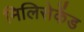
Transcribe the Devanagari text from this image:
मिलिसेकेंड